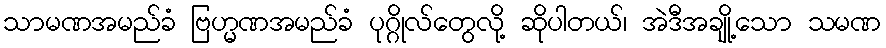
သာမဏအမည်ခံ ဗြဟ္မဏအမည်ခံ ပုဂ္ဂိုလ်တွေလို့ ဆိုပါတယ်၊ အဲဒီအချို့သော သမဏ